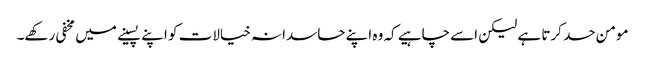
مومن حسد کرتا ہے لیکن اسے چاہیے کہ وہ اپنے حاسدانہ خیالات کو اپنے پسینے میں مخفی رکھے۔